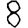
Digit: 8